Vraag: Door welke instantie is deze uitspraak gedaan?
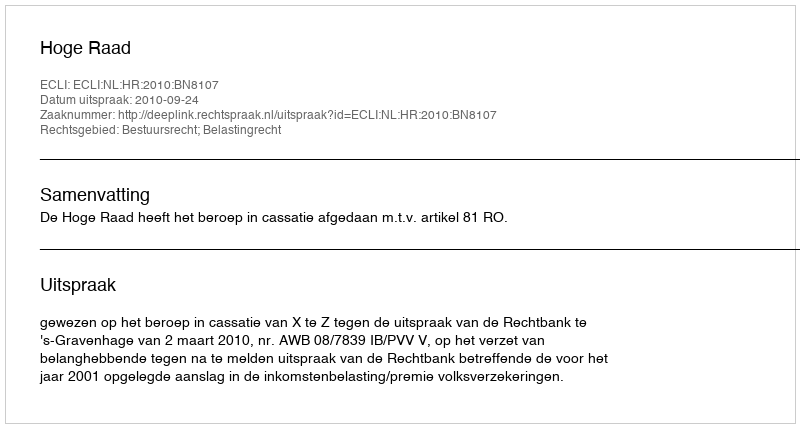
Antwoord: Hoge Raad